Leaving Certificate Examination (including Day School Certificate (Higher) General paper), 1927
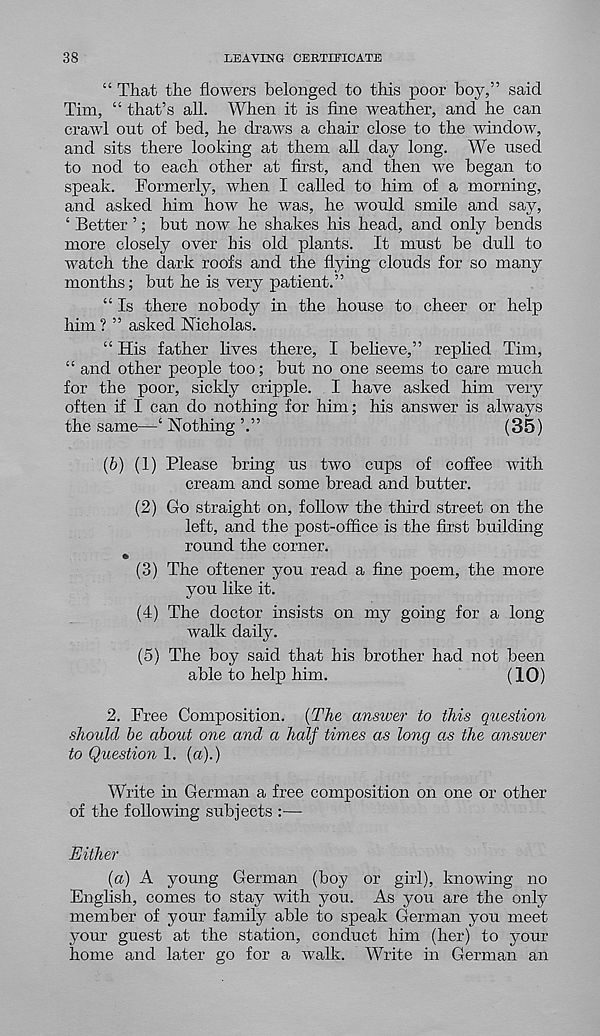
38
LEAVING CERTIEICATE
“ That the flowers belonged to this poor boy,” said
Tim, “ that’s all. When it is fine weather, and he can
crawl out of bed, he draws a chair close to the window,
and sits there looking at them all day long. We used
to nod to each other at first, and then we began to
speak. Formerly, when I called to him of a morning,
and asked him how he was, he would smile and say,
‘ Better ’; but now he shakes his head, and only bends
more closely over bis old plants. It must be dull to
watch the dark roofs and the flying clouds for so many
months; but he is very patient.”
“ Is there nobody in the house to cheer or help
him ? ” asked Nicholas.
“ His father lives there, I believe,” replied Tim,
“ and other people too; but no one seems to care much
for the poor, sickly cripple. I have asked him very
often if I can do nothing for him; his answer is always
the same—‘ Nothing
(35)
(b) (1) Please bring us two cups of coffee with
cream and some bread and butter.
(2) Go straight on, follow the third street on the
left, and the post-office is the first building-
round the corner.
(3) The oftener you read a fine poem, the more
you like it.
(4) The doctor insists on my going for a long-
walk daily.
(5) The boy said that his brother had not been
able to help him.
(10)
2. Free Composition. {The answer to this question
should be about one and a half times as long as the answer
to Question 1. (a).)
Write in German a free composition on one or other
of the following subjects :—
Either
{a) A young German (boy or girl), knowing no
English, comes to stay with you. As you are the only
member of your family able to speak German you meet
your guest at the station, conduct him (her) to your
home and later go for a walk. Write in German an